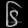
Digit: ၆